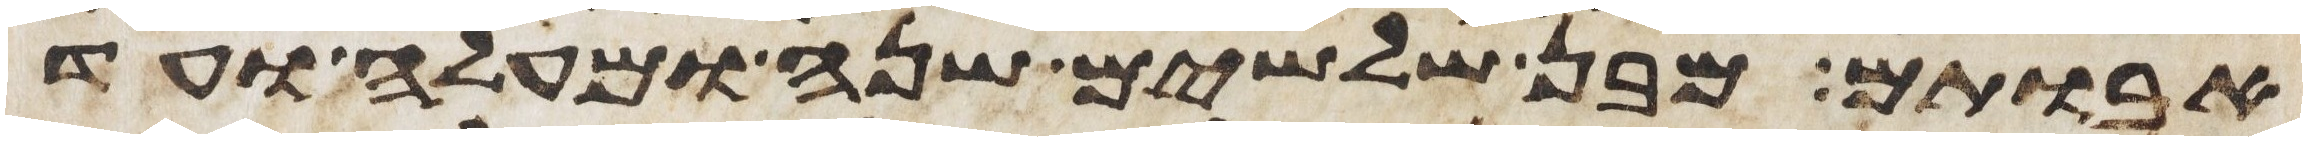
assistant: אבותם מבן שלשים שנה ומעלה ועד